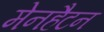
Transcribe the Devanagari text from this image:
मेनहैटन